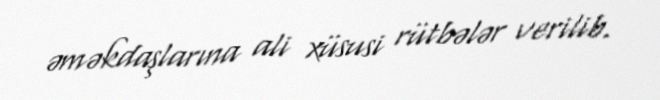
əməkdaşlarına ali xüsusi rütbələr verilib.